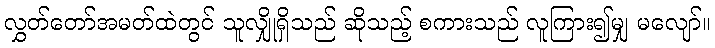
လွှတ်တော်အမတ်ထဲတွင် သူလျှိုရှိသည် ဆိုသည့် စကားသည် လူကြား၍မျှ မလျော်။